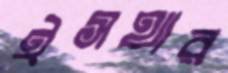
ইসথার